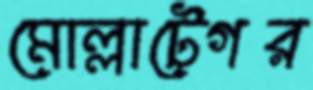
মোল্লাটেগর